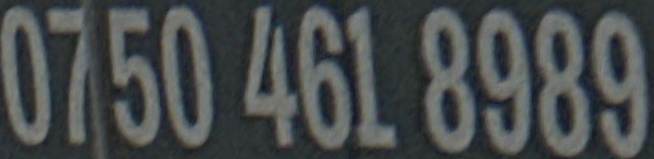
0750 461 8989